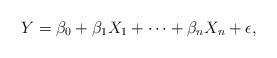
LaTeX: \begin{align*}Y = \beta_0 + \beta_1 X_1 + \cdots + \beta_n X_n + \epsilon,\end{align*}